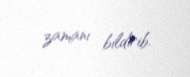
zamanı bildirib.